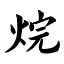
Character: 烷